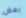
بعض